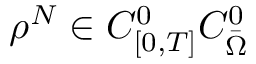
\rho ^ { N } \in C _ { [ 0 , T ] } ^ { 0 } C _ { \Bar { \Omega } } ^ { 0 }